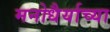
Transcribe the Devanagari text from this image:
मनोधैर्याच्या